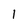
Character: 1